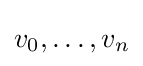
{v_{0},\ldots ,v_{n}}